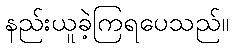
နည်းယူခဲ့ကြရပေသည်။